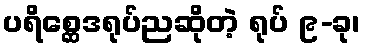
ပရိစ္ဆေဒရုပ်ညဆိုတဲ့ ရုပ် ၉-ခု၊